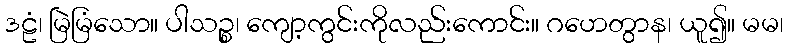
ဒဠံ၊ မြဲမြံသော။ ပါသဉ္စ၊ ကျော့ကွင်းကိုလည်းကောင်း။ ဂဟေတွာန၊ ယူ၍။ မမ၊